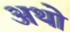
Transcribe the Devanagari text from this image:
अथो